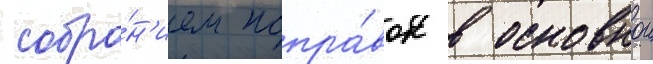
собра́н'ием попра́вок в основнои